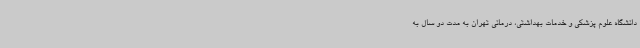
دانشگاه علوم پزشکی و خدمات بهداشتی، درمانی تهران به مدت دو سال به